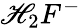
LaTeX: \mathscr{H}_{2}F^{-}